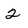
Character: 2